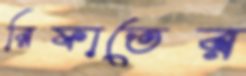
রিফাতের